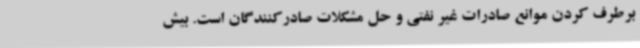
برطرف کردن موانع صادرات غیر نفتی و حل مشکلات صادرکنندگان است. بیش‌